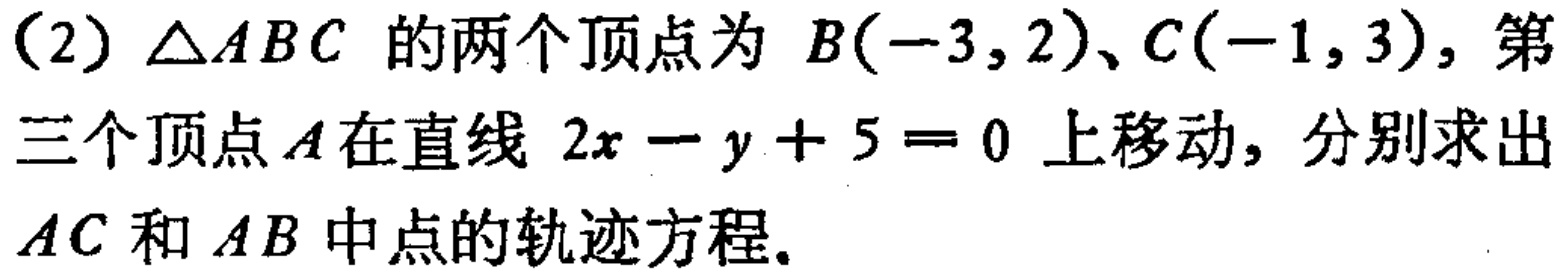
(2)$\triangle ABC$ 的两个顶点为 $B(-3,2)$、$C(-1,3)$，第三个顶点$A$在直线 $2x - y + 5 = 0$ 上移动，分别求出$AC$和$AB$中点的轨迹方程.